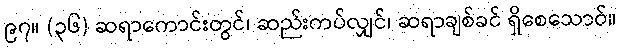
၉၇။ (၃၆) ဆရာကောင်းတွင်၊ ဆည်းကပ်လျှင်၊ ဆရာချစ်ခင် ရှိစေသောဝ်။